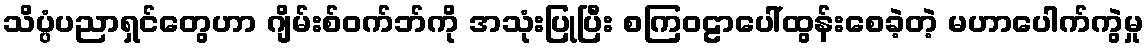
သိပ္ပံပညာရှင်တွေဟာ ဂျိမ်းစ်ဝက်ဘ်ကို အသုံးပြုပြီး စကြဝဠာပေါ်ထွန်းစေခဲ့တဲ့ မဟာပေါက်ကွဲမှု